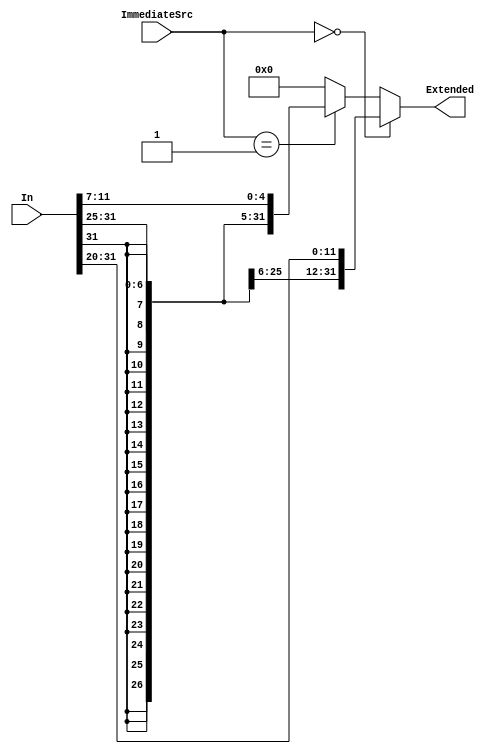
`timescale 1ns / 1ps

module Sign_extend(
    input [31:0] In, 
    input [1:0] ImmediateSrc, 
    output [31:0] Extended    
);

    assign Extended = (ImmediateSrc == 2'b00) ? {{20{In[31]}}, In[31:20]} : 
                      (ImmediateSrc == 2'b01) ? {{20{In[31]}}, In[31:25], In[11:7]} : 32'h00000000;
                      
endmodule